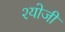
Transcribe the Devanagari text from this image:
श्योजी